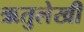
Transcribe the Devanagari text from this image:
ऋतुलेखी